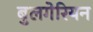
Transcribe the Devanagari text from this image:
बुलगेरियन